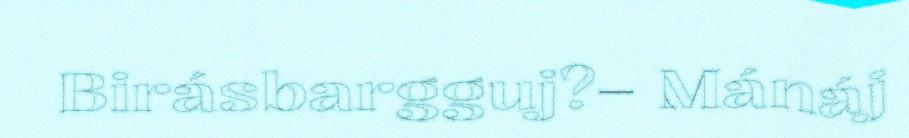
Birásbargguj?– Mánáj